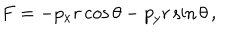
F = - p _ { x } r \cos \theta - p _ { y } r \sin \theta \, ,